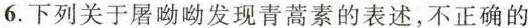
6.下列关于屠呦呦发现青蒿素的表述，不正确的